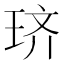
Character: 𫞦